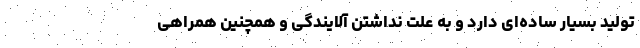
تولید بسیار ساده‌ای دارد و به علت نداشتن آلایندگی و همچنین همراهی